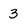
Character: 3